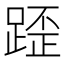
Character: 𨂿